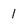
Character: 1